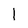
Character: 1